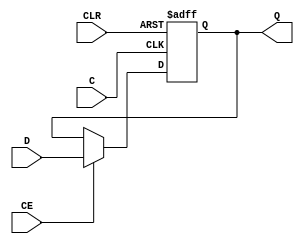
////////////////////////////////////////////////////////////////////////////////
// Copyright (c) 1995-2008 Xilinx, Inc.  All rights reserved.
////////////////////////////////////////////////////////////////////////////////
//   ____  ____ 
//  /   /\/   / 
// /___/  \  /    Vendor: Xilinx 
// \   \   \/     Version : 10.1
//  \   \         Application : sch2verilog
//  /   /         Filename : reg9B.vf
// /___/   /\     Timestamp : 01/31/2014 04:33:14
// \   \  /  \ 
//  \___\/\___\ 
//
//Command: C:\Xilinx\10.1\ISE\bin\nt\unwrapped\sch2verilog.exe -intstyle ise -family spartan3a -w C:/Xilinx/10.1/ISE/ISEexamples/mini_IDS3/mini_IDS3/reg9B.sch reg9B.vf
//Design Name: reg9B
//Device: spartan3a
//Purpose:
//    This verilog netlist is translated from an ECS schematic.It can be 
//    synthesized and simulated, but it should not be modified. 
//
`timescale 100 ps / 10 ps

module FD16CE_HXILINX_reg9B(Q, C, CE, CLR, D);

   
   output [15:0]      Q;

   input 	      C;	
   input 	      CE;	
   input 	      CLR;	
   input  [15:0]      D;
   
   reg    [15:0]      Q;
   
   always @(posedge C or posedge CLR)
     begin
	if (CLR)
	  Q <= 16'b0000_0000_0000_0000;
	else if (CE)
          Q <= D;
     end
   
   
endmodule
`timescale 100 ps / 10 ps

module FD8CE_HXILINX_reg9B(Q, C, CE, CLR, D);

   
   output [7:0]       Q;

   input 	      C;	
   input 	      CE;	
   input 	      CLR;	
   input  [7:0]       D;
   
   reg    [7:0]       Q;
   
   always @(posedge C or posedge CLR)
     begin
	if (CLR)
	  Q <= 8'b0000_0000;
	else if (CE)
          Q <= D;
     end
   
   
endmodule
`timescale 1ns / 1ps

module reg9B(ce, 
             clk, 
             clr, 
             d, 
             q);

    input ce;
    input clk;
    input clr;
    input [71:0] d;
   output [71:0] q;
   
   
   FD8CE_HXILINX_reg9B XLXI_1 (.C(clk), 
                               .CE(ce), 
                               .CLR(clr), 
                               .D(d[71:64]), 
                               .Q(q[71:64]));
   // synthesis attribute HU_SET of XLXI_1 is "XLXI_1_0"
   FD16CE_HXILINX_reg9B XLXI_7 (.C(clk), 
                                .CE(ce), 
                                .CLR(clr), 
                                .D(d[63:48]), 
                                .Q(q[63:48]));
   // synthesis attribute HU_SET of XLXI_7 is "XLXI_7_1"
   FD16CE_HXILINX_reg9B XLXI_12 (.C(clk), 
                                 .CE(ce), 
                                 .CLR(clr), 
                                 .D(d[47:32]), 
                                 .Q(q[47:32]));
   // synthesis attribute HU_SET of XLXI_12 is "XLXI_12_2"
   FD16CE_HXILINX_reg9B XLXI_13 (.C(clk), 
                                 .CE(ce), 
                                 .CLR(clr), 
                                 .D(d[31:16]), 
                                 .Q(q[31:16]));
   // synthesis attribute HU_SET of XLXI_13 is "XLXI_13_3"
   FD16CE_HXILINX_reg9B XLXI_14 (.C(clk), 
                                 .CE(ce), 
                                 .CLR(clr), 
                                 .D(d[15:0]), 
                                 .Q(q[15:0]));
   // synthesis attribute HU_SET of XLXI_14 is "XLXI_14_4"
endmodule